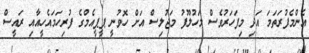
އެންމެފުރަތަމަ އަދި މިފަހަރުވެސް މަހުލޫފު މަޖުލިސް އަށް ހޮވުނީ ޕީޕީއެމްގެ ފުރިހަމައެހީއާއި ރައީސް